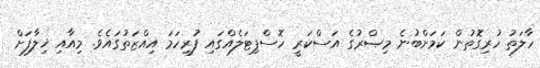
ހާލަތު ހުރިގޮތުން ކަމަށްބުނެ މިޞްރުގެ އަސްކަރީ ހޮސްޕިޓަލެއްގައި ފުރިހަމަ އިއްޒަތުގައެވެ. މިއާއި ޚިލާފަށް